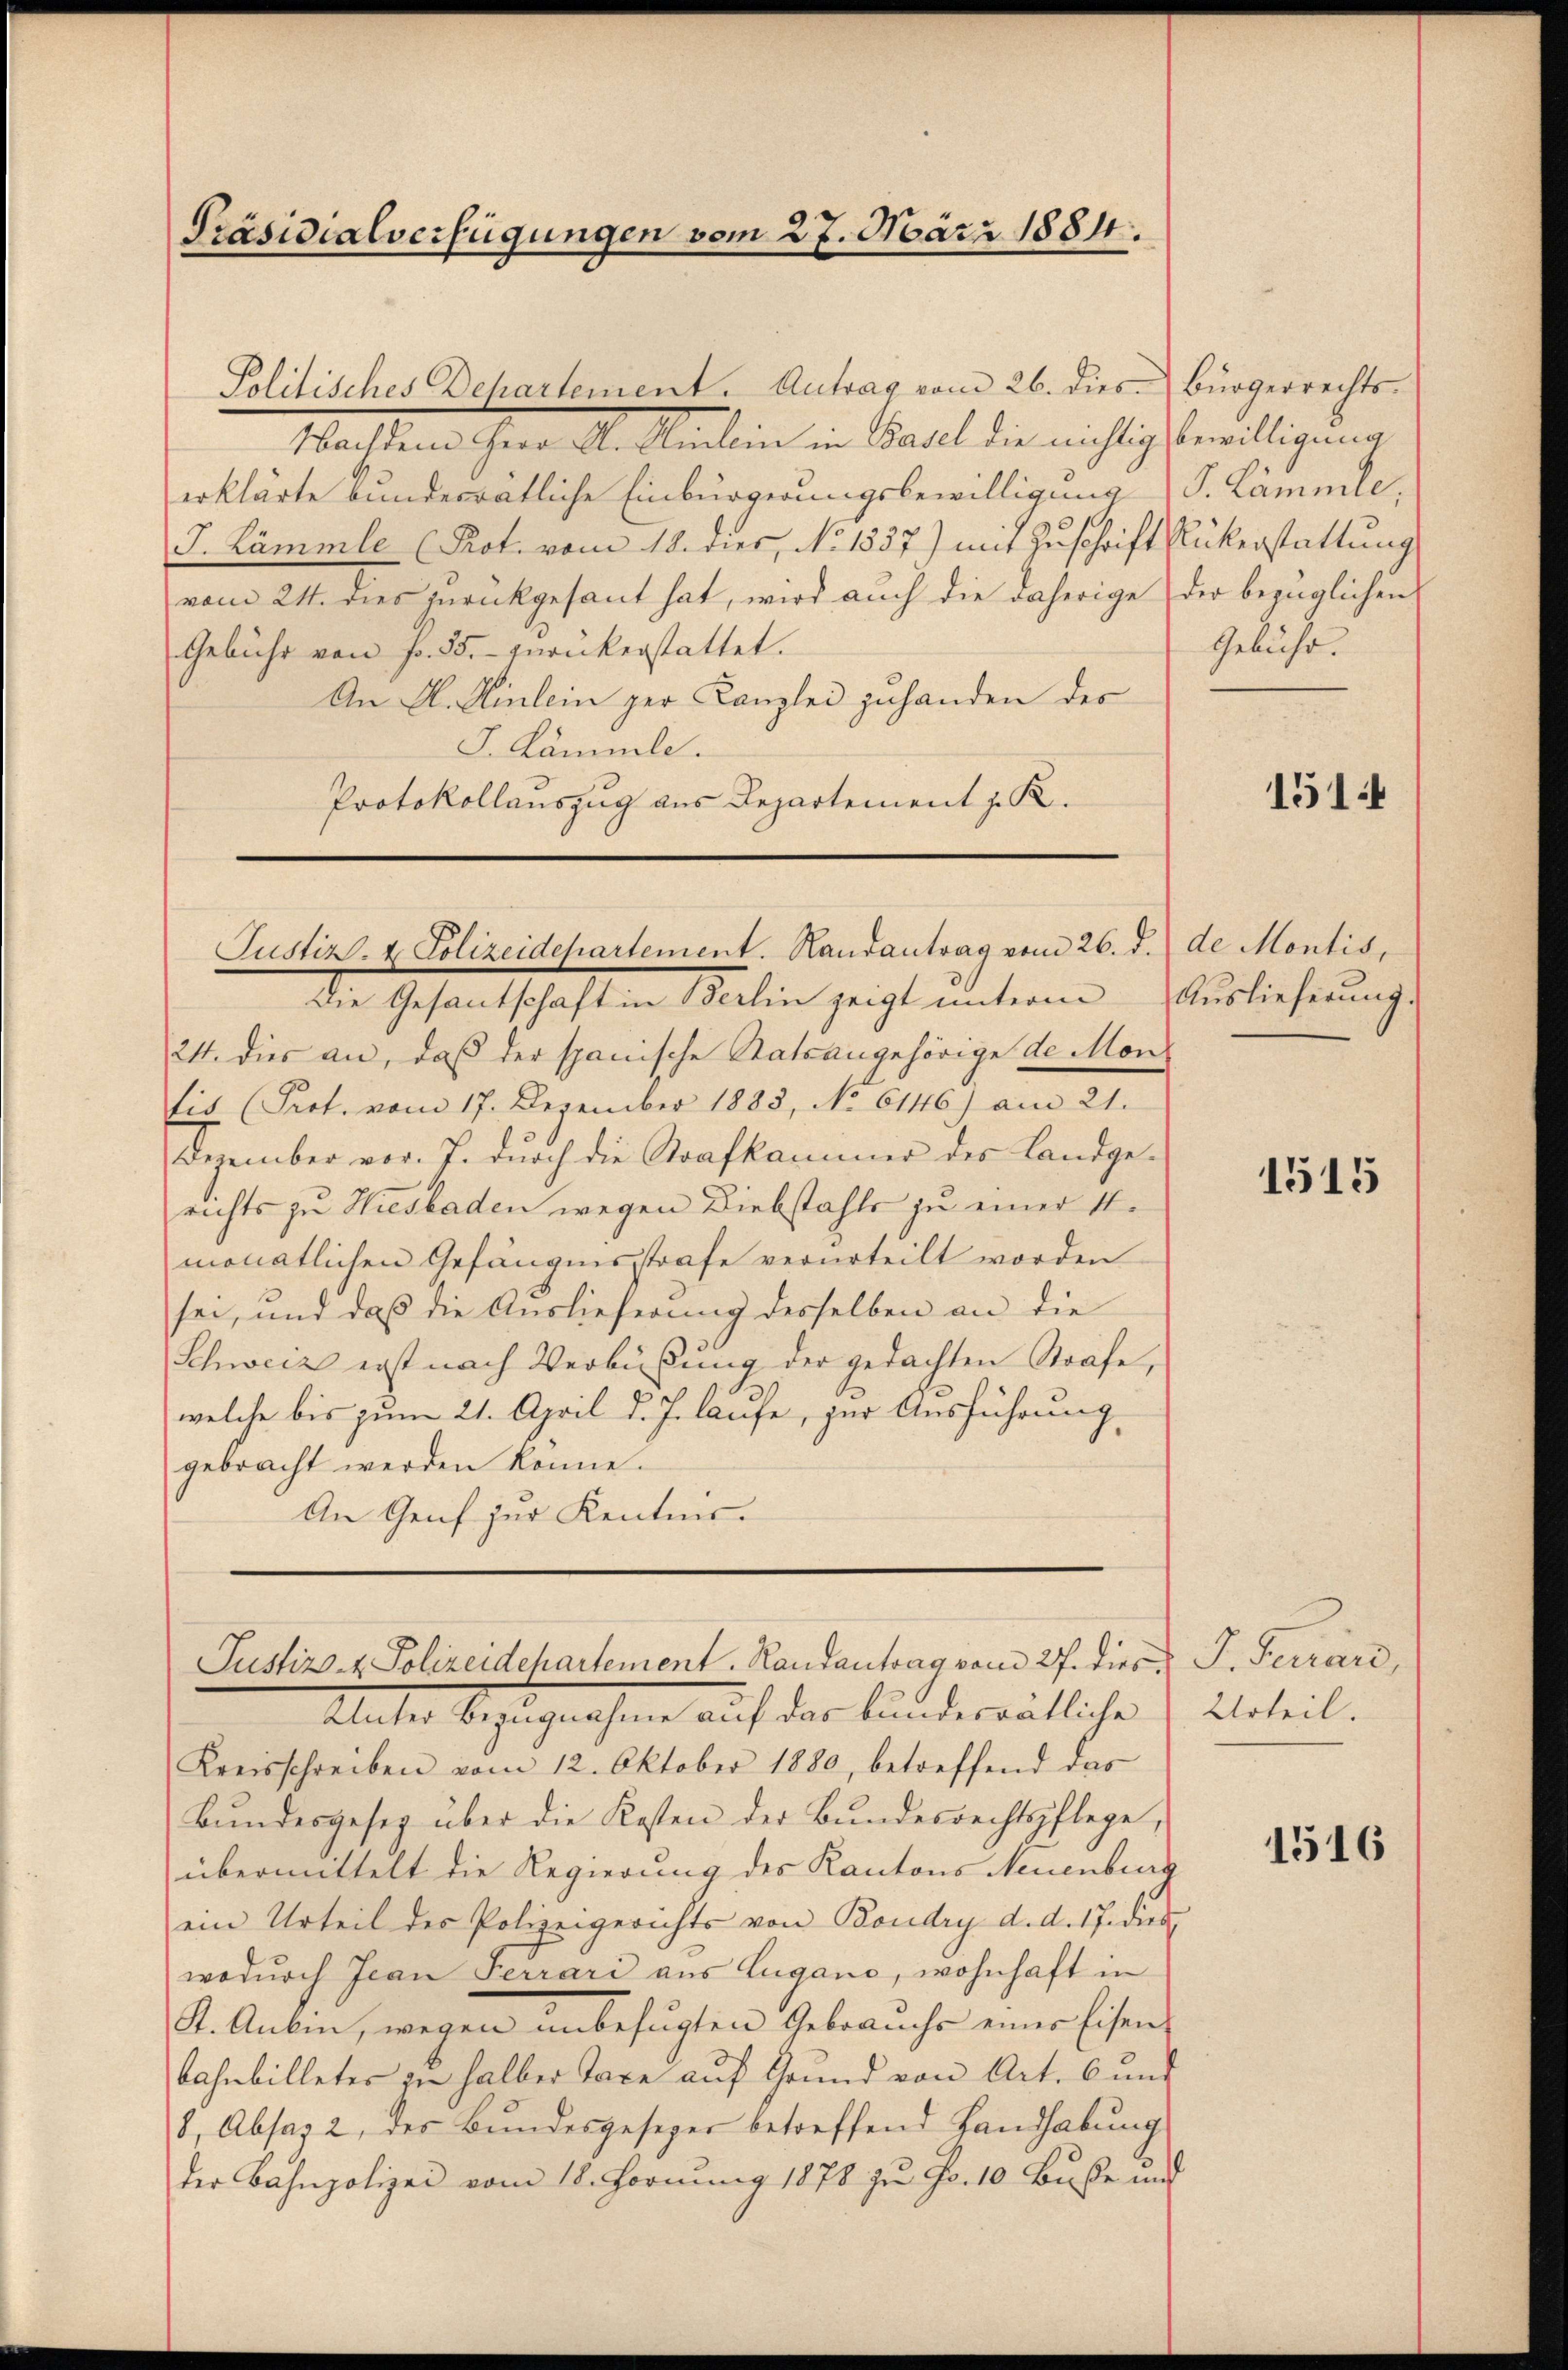
Politisches Dehartement. Antrag vom 26. dies Bürgerrechts-
Nachdem Herr A. Amlein in Basel die nichtig bewilligung
erklärte bundesratliche Einbürgerungsbewilligung (S. Lammle,
J. Lämmle (Pot. vom 18. dies, No 1537) mit Zuschrift Rükerstattung
vom 24. dies zurückgesant hat, wird auch die daherige der bezüglichen
Gebühr von fr. 35. zurückerstattet.
An H. Einlein der Kanzlei zuhanden des
J. Kämmle.
Protokollauszug aus Departement J. K.

Präsidialverfügungen vom 27. März 1884.

Justiz- & Polizeidepartement. Handantrag vom 26. d.

Die Gesantschaft in Berlin zeigt unterm Auslieferung.
24. dies an, daß der spanische Statsangehörige de Montit (Prot. vom 17. Dezember 1883, No 6146) am 21.
Dezember vor. J. durch die Strafkammer des Landgerichts zu Hiesbaden wegen Diebstahls zu einer 11.
monatlichen Gefängnisstrafe verurteilt worden
sei, und daß die Auslieferung desselben an die
Schweiz erst nach Verbüßung der gedachten Strafe,
welche bis zum 21. April d. J. laufe, zur Ausführung
gebracht werden könne.
An Genf zur Kentn.

Justiz- & Polizeidepartement. Randantrag vom 27. dies J. Ferrard,

Unter Bezugnahme auf das bundesrätliche
Kreisschreiben vom 12. Oktober 1880, betreffend das
Bŭndesgesez über die Kosten der Bŭndesrechtspflege,
übermittelt die Regierung des Kantons Neuenburg
ein Urteil der Polizeigerichts von Boudry d. d. 17. dies
wodurch Jean Ferrari aus Lugano, wohnhaft in
K. Anbin, wegen unbefugten Gebrauche einer Eisenbahnbilletes zu halber Taxe aŭf Grund von Art. 6 und
8, Absaz 2 des Bundesgesezer betreffend Handhabung
der Bahnpolizei vom 18. Fornung 1878 zu Fr. 10 Buße und

Gebühr.

1514

de Montis,

1515

Urteil.

1516